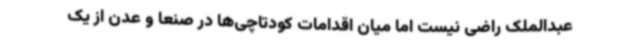
عبدالملک راضی نیست اما میان اقدامات کودتاچی‌ها در صنعا و عدن از یک